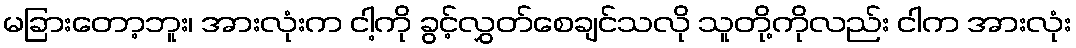
မခြားတော့ဘူး၊ အားလုံးက ငါ့ကို ခွင့်လွှတ်စေချင်သလို သူတို့ကိုလည်း ငါက အားလုံး